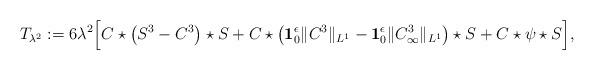
LaTeX: \begin{align*}T_{\lambda^2}:= 6\lambda^2 \Big[C\star \big(S^3-C^3\big)\star S + C\star \big({\bf 1}^\epsilon_0\|C^3\|_{L^1} - {\bf 1}^\epsilon_0\|C_\infty^3\|_{L^1}\big)\star S + C\star \psi \star S\Big], \end{align*}